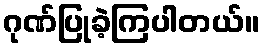
ဂုဏ်ပြုခဲ့ကြပါတယ်။